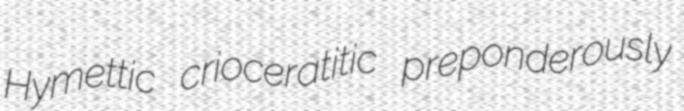
Hymettic crioceratitic preponderously